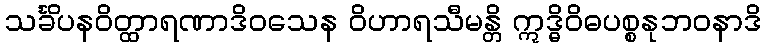
သင်္ခိပနဝိတ္ထာရဏာဒိဝသေန ဝိဟာရသီမန္တိ ဣဒ္ဓိဝိဓပစ္စနုဘဝနာဒိ